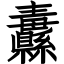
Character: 纛